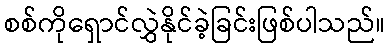
စစ်ကိုရှောင်လွှဲနိုင်ခဲ့ခြင်းဖြစ်ပါသည်။